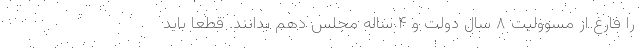
را فارغ از مسوولیت ۸ سال دولت و ۴ ساله مجلس دهم بدانند. قطعا باید